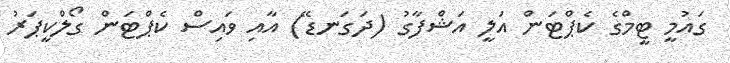
ގައުމީ ޓީމްގެ ކެޕްޓަން އަލީ އަޝްފާގު (ދަގަނޑޭ) އާއި ވައިސް ކެޕްޓަން ގޯލްކީޕަރު